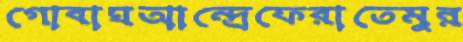
গোবাঘআন্দ্রেফেরাতেমুন্ন